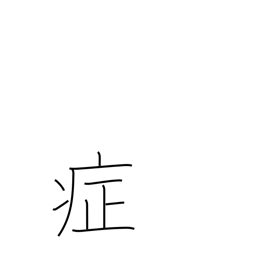
Meaning: symptoms